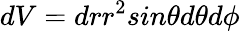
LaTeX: dV=drr^{2}sin\theta d\theta d\phi